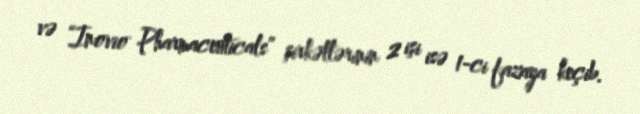
və “Inovio Pharmaceuticals” şirkətlərinin 2 işi isə 1-ci fazaya keçib.